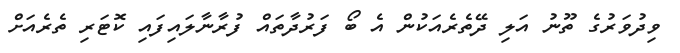
ވިދުވަރުގެ ތޫނު އަލި ދޭތެރެއަކުން އެ ބޯ ފަރުދާތައް ފުރާނާލައިފައި ކޮޓަރި ތެރެއަށް